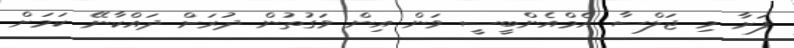
ފަށާ މި ޖަލްސާ އެމްއެންބީސީ ވަން އިން ވަގުތުން ދުރަށް ދައްކާނޭ ކަމަށް